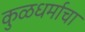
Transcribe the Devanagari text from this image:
कुळधर्माचा